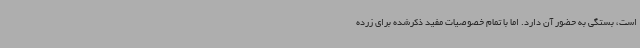
است، بستگی به حضور آن دارد. اما با تمام خصوصیات مفید ذکرشده برای زرده